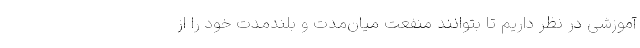
آموزشی در نظر داریم تا بتوانند منفعت میان‌مدت و بلندمدت خود را از